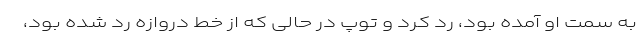
به سمت او آمده بود، رد کرد و توپ در حالی که از خط دروازه رد شده بود،